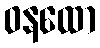
ဝနထော